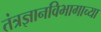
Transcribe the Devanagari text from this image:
तंत्रज्ञानविभागाच्या